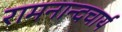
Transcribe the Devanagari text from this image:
रामनान्दचार्य